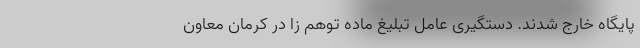
پایگاه خارج شدند. دستگیری عامل تبلیغ ماده توهم زا در کرمان معاون